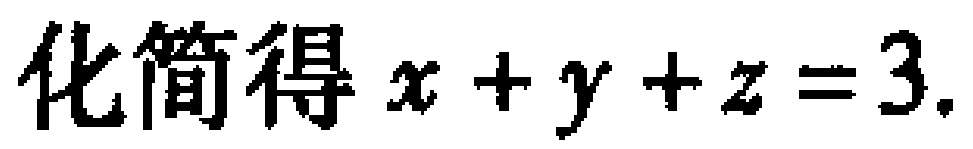
化简得 \(x + y + z = 3.\)